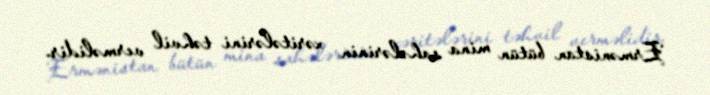
Ermənistan bütün mina sahələrinin xəritələrini təhvil verməlidir.